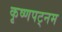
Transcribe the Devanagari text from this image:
कृष्णपट्नम